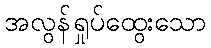
အလွန်ရှုပ်ထွေးသော